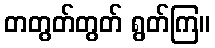
တတွတ်တွတ် ရွတ်ကြ။